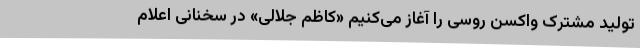
تولید مشترک واکسن روسی را آغاز می‌کنیم «کاظم جلالی» در سخنانی اعلام